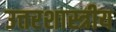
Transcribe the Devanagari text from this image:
उत्तरशास्त्रीय